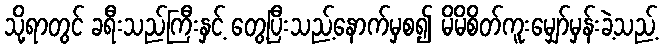
သို့ရာတွင် ခရီးသည်ကြီးနှင့် တွေ့ပြီးသည့်နောက်မှစ၍ မိမိစိတ်ကူးမျှော်မှန်းခဲ့သည့်